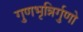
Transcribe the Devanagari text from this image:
गुणभृन्निर्गुणो